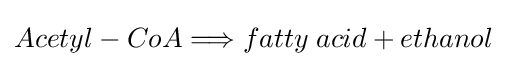
Acetyl-CoA\Longrightarrow fatty\;acid+ethanol